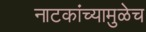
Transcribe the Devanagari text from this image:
नाटकांच्यामुळेच